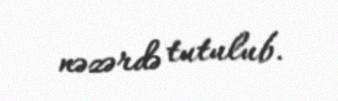
nəzərdə tutulub.